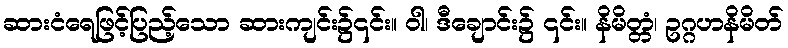
ဆားငံရေဖြင့်ပြည့်သော ဆားကျင်း၌၎င်း။ ဝါ၊ ဒီချောင်း၌ ၎င်း။ နိမိတ္တံ၊ ဥဂ္ဂဟနိမိတ်